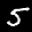
Label: 5